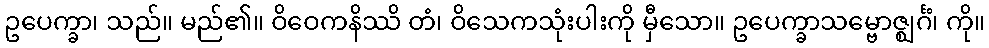
ဥပေက္ခာ၊ သည်။ မည်၏။ ဝိဝေကနိဿိ တံ၊ ဝိသေကသုံးပါးကို မှီသော။ ဥပေက္ခာသမ္ဗောဇ္ဈင်္ဂံ၊ ကို။